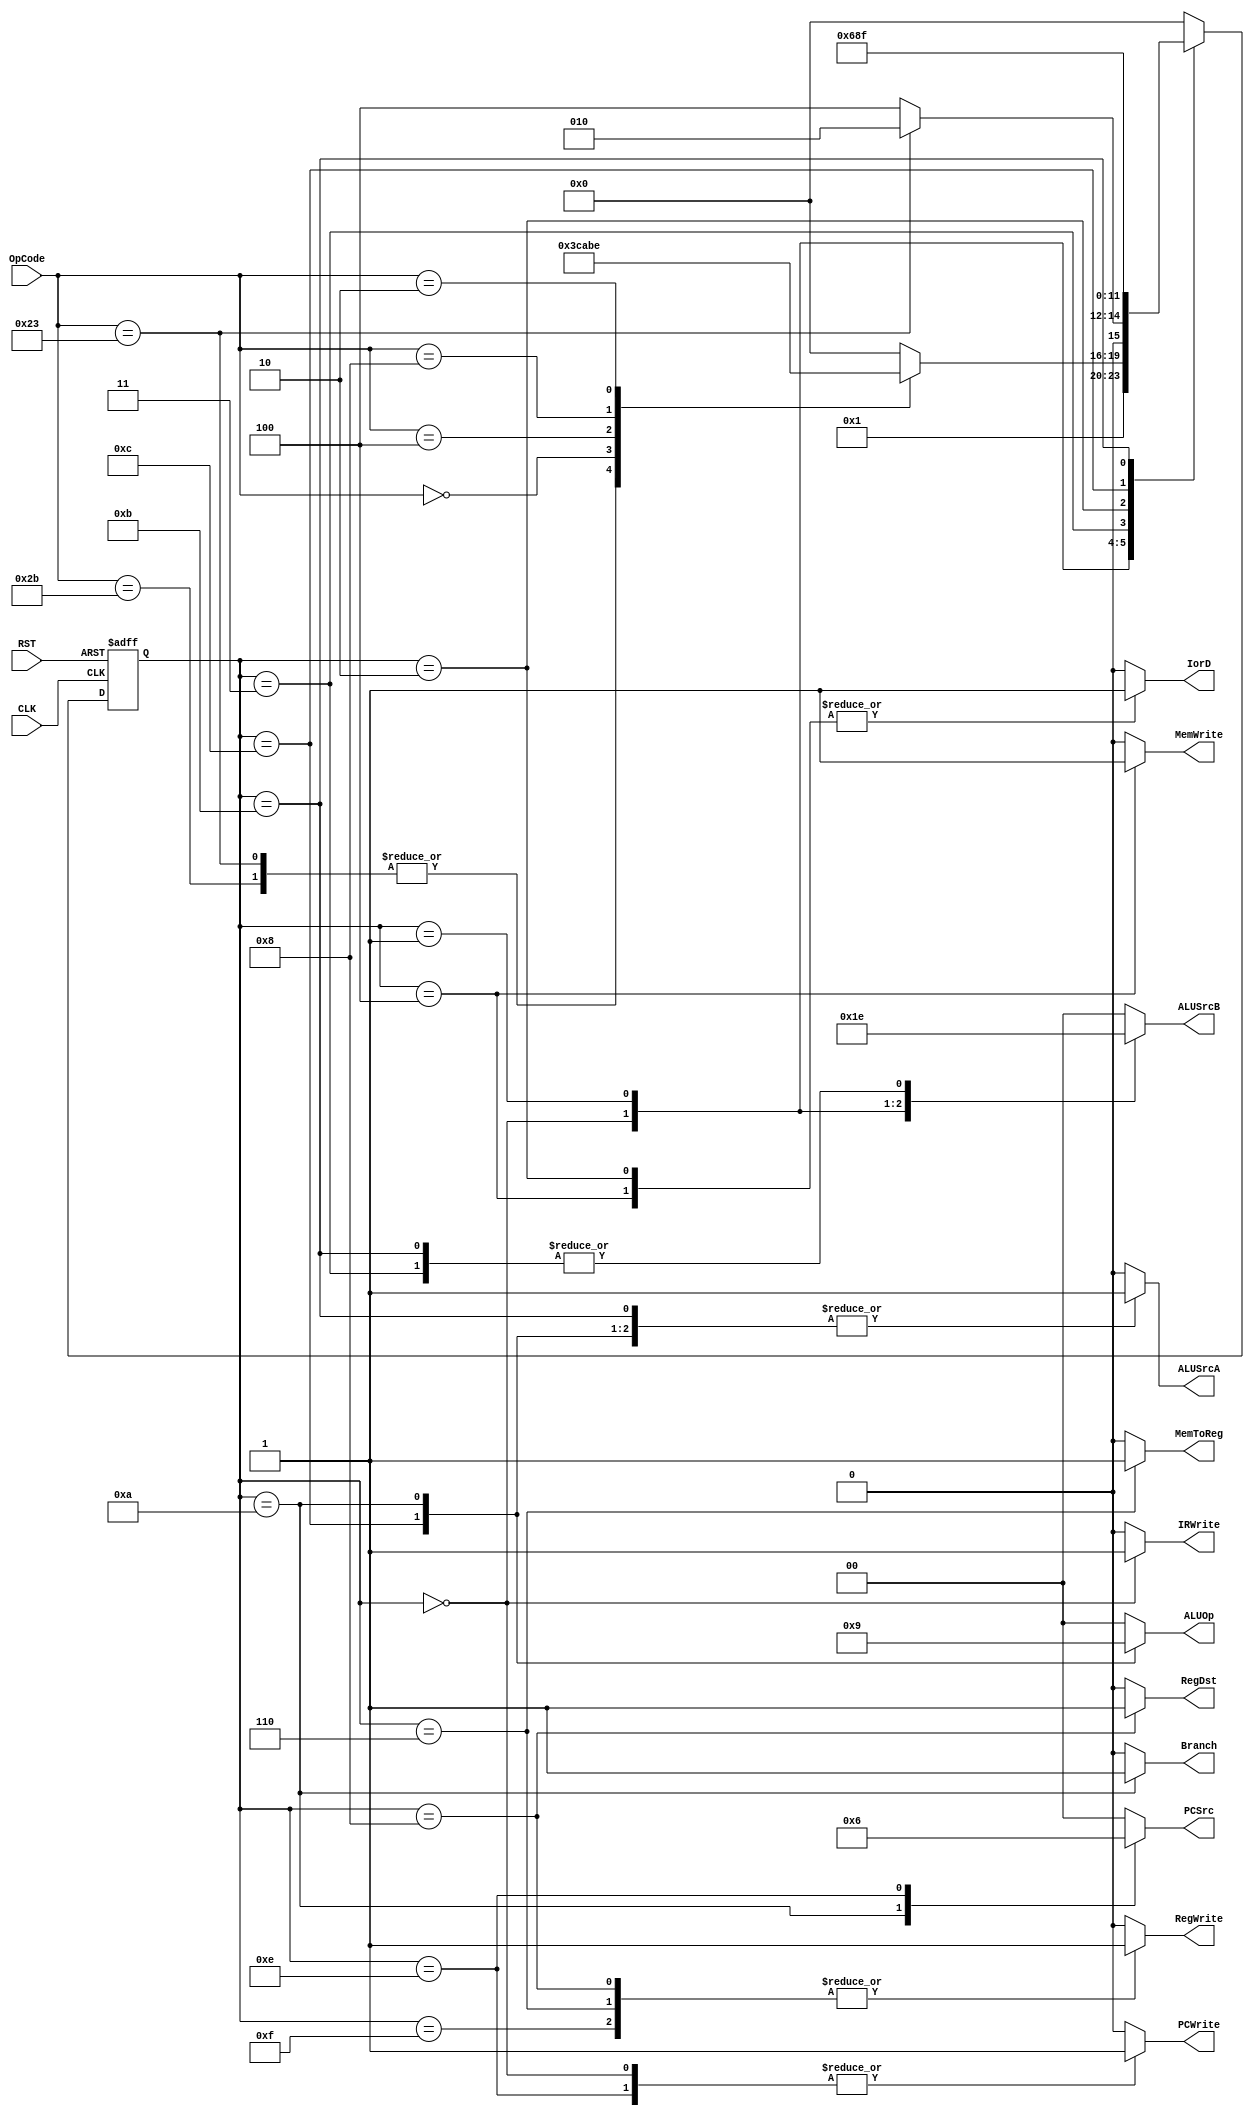
module FSM (
    input  wire               CLK,
    input  wire               RST,
    input  wire [5:0]         OpCode,
    output reg                ALUSrcA,
    output reg  [1:0]         ALUSrcB,
    output reg                IorD,
    output reg                IRWrite,
    output reg                RegWrite,
    output reg                MemWrite,
    output reg                Branch,
    output reg                PCWrite,
    output reg  [1:0]         PCSrc,
    output reg                MemToReg,
    output reg  [1:0]         ALUOp,
    output reg                RegDst
);

reg [3:0] PresentState, NextState;

//States Encoding
localparam Fetch  = 4'b0000,
           Decode = 4'b0001,
           MemAdr = 4'b0011,
           MemRead= 4'b0010,
           MemWriteBack = 4'b0110,
           MemWriteSW = 4'b0100,
           Execute = 4'b1100,
           ALUWriteBack = 4'b1000,
           BranchState = 4'b1010,
           ADDIEx = 4'b1011,
           ADDIWr = 4'b1111,
           Jump   = 4'b1110;

//State Transition (Sequential Always)
always @(posedge CLK or negedge RST) begin
    if(!RST) begin
        PresentState <= Fetch;
    end
    else begin
        PresentState <= NextState;
    end
end 


always @(*) begin
        ALUSrcA  = 'b0;
        ALUSrcB  = 'b00;
        IorD     = 'b0;
        IRWrite  = 'b0;
        RegWrite = 'b0;
        MemWrite = 'b0;
        Branch   = 'b0;
        PCWrite  = 'b0;
        MemToReg = 'b0;
        RegDst   = 'b0;
        PCSrc    = 'b00;
        ALUOp    = 'b00;
    case (PresentState)
      Fetch  : begin
        ALUSrcA  = 'b0;
        ALUSrcB  = 'b01;
        PCSrc    = 'b00;
        IorD     = 'b0;
        IRWrite  = 'b1;
        PCWrite  = 'b1;
        ALUOp    = 'b00;
        NextState = Decode;
      end 
      Decode  : begin
        ALUSrcA  = 'b0;
        ALUSrcB  = 'b11;
        ALUOp    = 'b00;
        case (OpCode)
         'b100011, 'b101011   : begin
            NextState = MemAdr;
         end 
         'b000000  : begin
            NextState = Execute;
         end
         'b000100  : begin
            NextState = BranchState;
         end
         'b001000 : begin
            NextState = ADDIEx;
         end
         'b000010 : begin
           NextState = Jump;
         end
            default: NextState = Fetch;
        endcase
      end
      MemAdr  : begin
        ALUSrcA = 'b1;
        ALUSrcB = 'b10;
        ALUOp   = 'b00; 
        if (OpCode == 'b100011) begin
            NextState = MemRead;
        end
        else begin
            NextState = MemWriteSW;
        end
      end
      MemRead  : begin
        IorD = 'b1;
        NextState = MemWriteBack;
      end
      MemWriteBack : begin
        RegDst    = 'b0;
        MemToReg  = 'b1;
        RegWrite  = 'b1;
        NextState = Fetch; 
      end
      MemWriteSW  : begin
        IorD = 'b1;
        MemWrite = 'b1;
        NextState = Fetch;
      end
      Execute  : begin
        ALUSrcA = 'b1;
        ALUSrcB = 'b00;
        ALUOp   = 'b10;
        NextState = ALUWriteBack;
      end
      ALUWriteBack  : begin
        RegDst    = 'b1;
        MemToReg  = 'b0;
        RegWrite  = 'b1;
        NextState = Fetch;
      end
      BranchState  : begin
        ALUSrcA = 'b1;
        ALUSrcB = 'b00;
        ALUOp   = 'b01;
        PCSrc   = 'b01;
        Branch  = 'b1;
        NextState = Fetch;
      end
      ADDIEx  : begin
        ALUSrcA = 'b1;
        ALUSrcB = 'b10;
        ALUOp   = 'b00;
        NextState = ADDIWr; 
      end
      ADDIWr  : begin
        RegDst = 'b0;
        MemToReg = 'b0;
        RegWrite = 'b1;
        NextState = Fetch;
      end
      Jump    : begin
        PCSrc   = 'b10;
        PCWrite = 'b1;
        NextState = Fetch;
      end

        default: NextState = Fetch;
    endcase
end
    
endmodule